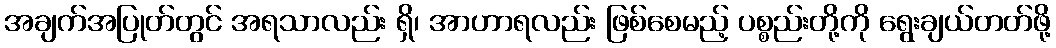
အချက်အပြုတ်တွင် အရသာလည်း ရှိ၊ အာဟာရလည်း ဖြစ်စေမည့် ပစ္စည်းတို့ကို ရွေးချယ်တတ်ဖို့